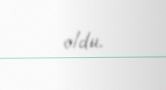
oldu.